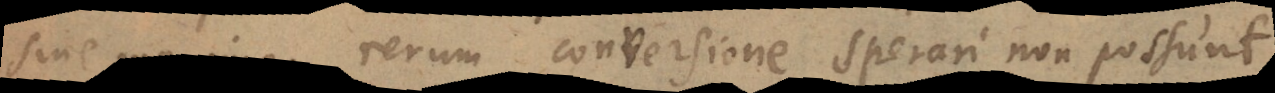
sine maxima rerum conversione sperari non possunt,